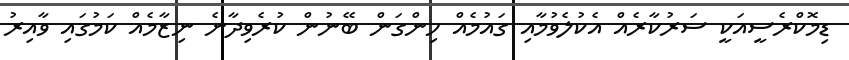
ޑިމޮކްރެސީއަކީ ސަރުކާރެއް އެކުލެވުމާއި ގައުމެއް ހިންގަން ބޭނުން ކުރެވިދާނެ ނިޒާމެއް ކަމުގައި ވާއިރު